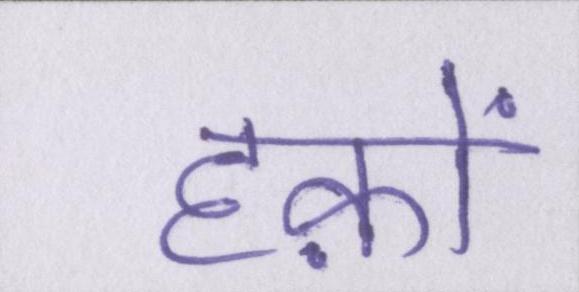
हक़ों